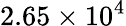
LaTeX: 2.65\times 10^{4}